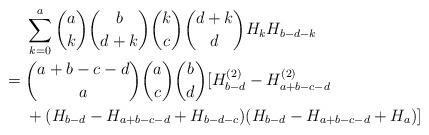
LaTeX: \begin{align*} & \sum_{k=0}^a \binom{a}{k}\binom{b}{d+k}\binom{k}{c}\binom{d+k}{d}H_k H_{b-d-k} \\={} & \binom{a+b-c-d}{a}\binom{a}{c}\binom{b}{d}[H_{b-d}^{(2)}-H_{a+b-c-d}^{(2)} \\ & + (H_{b-d}-H_{a+b-c-d}+H_{b-d-c})(H_{b-d}-H_{a+b-c-d}+H_a)]\end{align*}